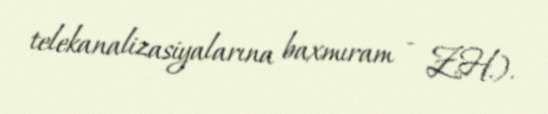
telekanalizasiyalarına baxmıram - Z.H.).